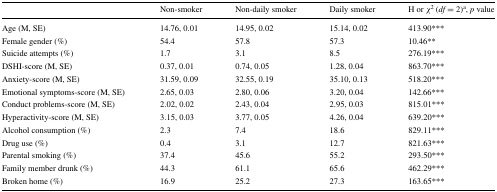
|  | Non-smoker | Non-daily smoker | Daily smoker | H or χ2 (df = 2)a, p value |
 | --- | --- | --- | --- | --- |
 | Age (M, SE) | 14.76, 0.01 | 14.95, 0.02 | 15.14, 0.02 | 413.90*** |
 | Female gender (%) | 54.4 | 57.8 | 57.3 | 10.46** |
 | Suicide attempts (%) | 1.7 | 3.1 | 8.5 | 276.19*** |
 | DSHI-score (M, SE) | 0.37, 0.01 | 0.74, 0.05 | 1.28, 0.04 | 863.70*** |
 | Anxiety-score (M, SE) | 31.59, 0.09 | 32.55, 0.19 | 35.10, 0.13 | 518.20*** |
 | Emotional symptoms-score (M, SE) | 2.65, 0.03 | 2.80, 0.06 | 3.20, 0.04 | 142.66*** |
 | Conduct problems-score (M, SE) | 2.02, 0.02 | 2.43, 0.04 | 2.95, 0.03 | 815.01*** |
 | Hyperactivity-score (M, SE) | 3.15, 0.03 | 3.77, 0.05 | 4.26, 0.04 | 639.20*** |
 | Alcohol consumption (%) | 2.3 | 7.4 | 18.6 | 829.11*** |
 | Drug use (%) | 0.4 | 3.1 | 12.7 | 821.63*** |
 | Parental smoking (%) | 37.4 | 45.6 | 55.2 | 293.50*** |
 | Family member drunk (%) | 44.3 | 61.1 | 65.6 | 462.29*** |
 | Broken home (%) | 16.9 | 25.2 | 27.3 | 163.65*** |